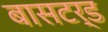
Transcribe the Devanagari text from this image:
बासटर्ड